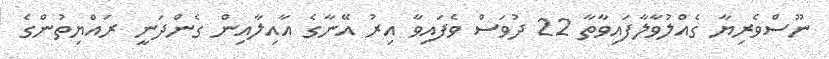
ނޫސްވެރިޔާ ގެއްލުވާލާފައިވާތާ 22 ދުވަސް ވެފައިވާ އިރު އޭނާގެ އާއިލާއިން ގެންދަނީ ރައްޔިތުންގެ